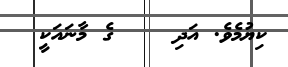
ކިޔުމެވެ. އަދި    ގެ މާނައަކީ